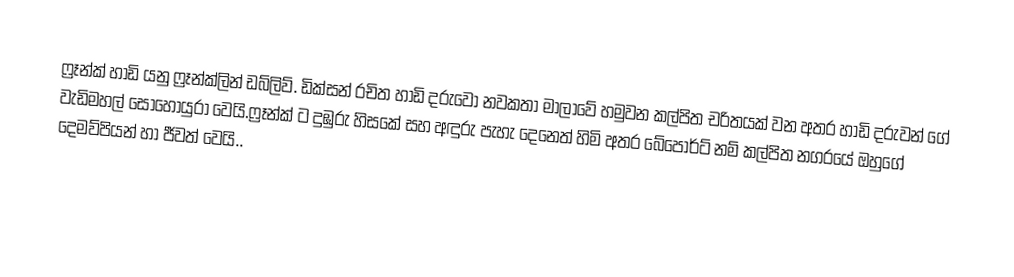
ෆ්‍රෑන්ක් හාඩි යනු ෆ්‍රෑන්ක්ලින් ඩබ්ලිව්. ඩික්සන් රචිත හාඩි දරුවෝ නවකතා මාලාවේ හමුවන කල්පිත චරිතයක් වන අතර හාඩි දරුවන් ගේ වැඩිමහල් සොහොයුරා  වෙයි.ෆ්‍රෑන්ක් ට දුඹුරු හිසකේ සහ අඳුරු පැහැ දෙනෙත් හිමි අතර බේපෝර්ට් නම් කල්පිත නගරයේ ඔහුගේ දෙමව්පියන් හා ජීවත් වෙයි..